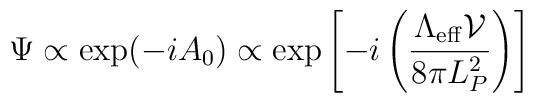
\Psi\propto \exp(-iA_0) \propto  \exp\left[ -i\left({\Lambda_{\rm eff}{\mathcal V}\over 8 \pi  L_P^2}\right)\right]